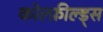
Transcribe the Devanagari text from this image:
कोल्फ़ील्ड्स